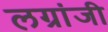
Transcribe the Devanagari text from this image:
लग्रांजी